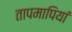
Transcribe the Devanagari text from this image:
तापमापियां